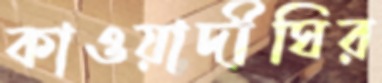
কাওয়াদীঘির